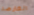
العارضة